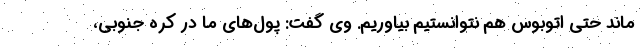
ماند حتی اتوبوس هم نتوانستیم بیاوریم. وی گفت: پول‌های ما در کره جنوبی،